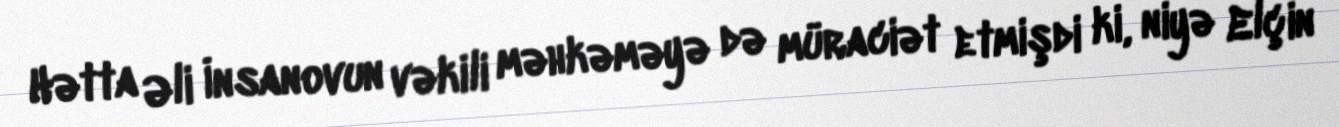
Hətta Əli İnsanovun vəkili məhkəməyə də müraciət etmişdi ki, niyə Elçin